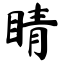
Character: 睛